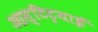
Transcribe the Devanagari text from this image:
आस्टिट्रयाई